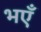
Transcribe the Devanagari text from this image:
भएँ